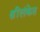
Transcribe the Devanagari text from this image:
श्रींलंकेत